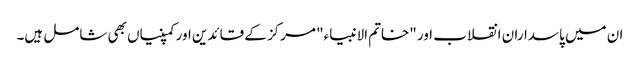
ان میں پاسداران انقلاب اور "خاتم الانبیاء" مرکز کے قائدین اور کمپنیاں بھی شامل ہیں۔